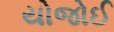
યોજોઈ